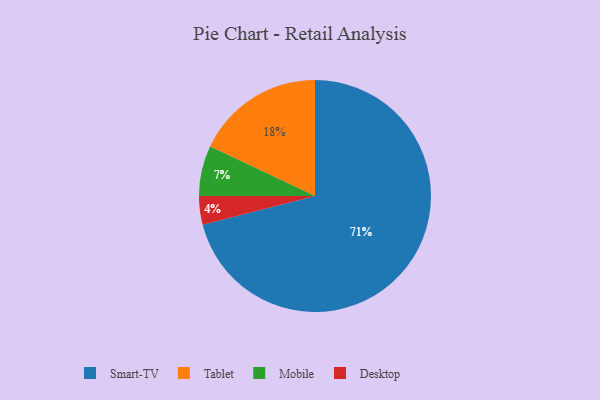
{"axis": {"x": "Category", "y": "Percentage"}, "legend": ["Desktop", "Mobile", "Smart-TV", "Tablet"], "data": [{"x": "Mobile", "y": 7, "type": "Mobile"}, {"x": "Smart-TV", "y": 71, "type": "Smart-TV"}, {"x": "Tablet", "y": 18, "type": "Tablet"}, {"x": "Desktop", "y": 4, "type": "Desktop"}]}